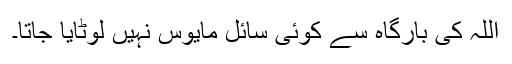
اللہ کی بارگاہ سے کوئی سائل مایوس نہیں لوٹایا جاتا۔